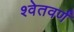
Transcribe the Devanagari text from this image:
श्वेतवर्णं